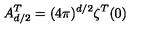
A _ { d / 2 } ^ { T } = ( 4 \pi ) ^ { d / 2 } \zeta ^ { T } ( 0 )